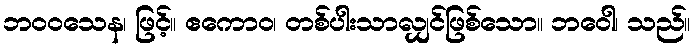
ဘဝဝသေန၊ ဖြင့်။ ဧကောဝ၊ တစ်ပါးသာလျှင်ဖြစ်သော။ ဘဝေါ၊ သည်။